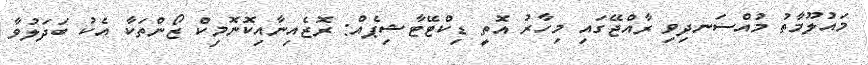
މައުލޫމާތު މުއްސަނދިވި ރާއްޖޭގައި މިހާރު އޮތީ ޑިކްޓޭޓާޝިޕެއް: ރޮޒެއިނާއިކޮނޮމިކް ޒޯންތަކާ އެކު ބަދަލުވާ